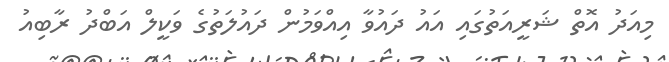
މިއަދު އޮތް ޝަރީއަތުގައި އައު ދައުވާ އިއްވަމުން ދައުލަތުގެ ވަކީލް އަބްދު ރާބިއު